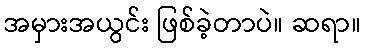
အမှားအယွင်း ဖြစ်ခဲ့တာပဲ။ ဆရာ။